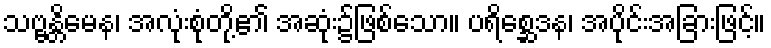
သဗ္ဗန္တိမေန၊ အလုံးစုံတို့၏ အဆုံး၌ဖြစ်သော။ ပရိစ္ဆေဒန၊ အပိုင်းအခြားဖြင့်။